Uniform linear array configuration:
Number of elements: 4
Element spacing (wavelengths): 0.75
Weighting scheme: cosine
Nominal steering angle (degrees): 60
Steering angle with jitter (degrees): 59.879
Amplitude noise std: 0.05
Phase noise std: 0.05

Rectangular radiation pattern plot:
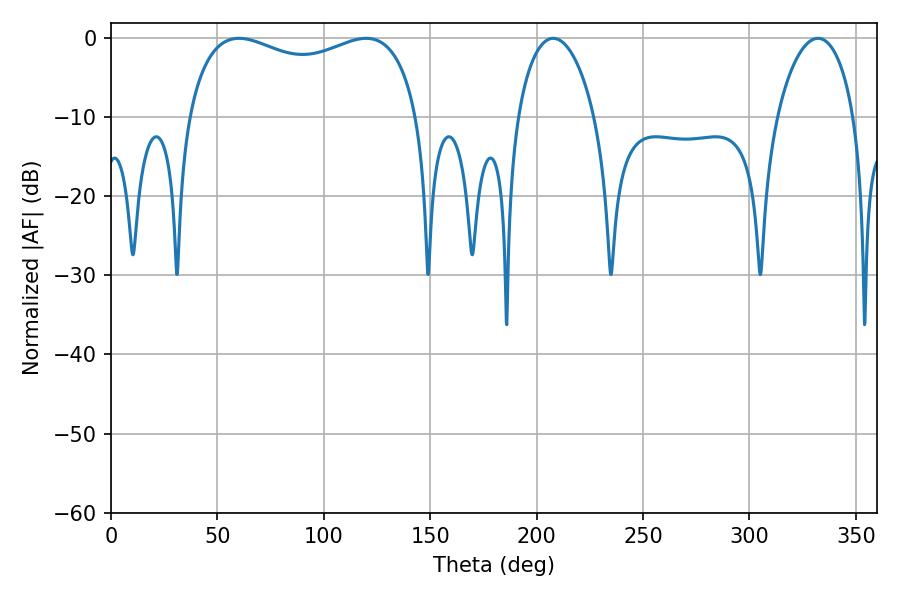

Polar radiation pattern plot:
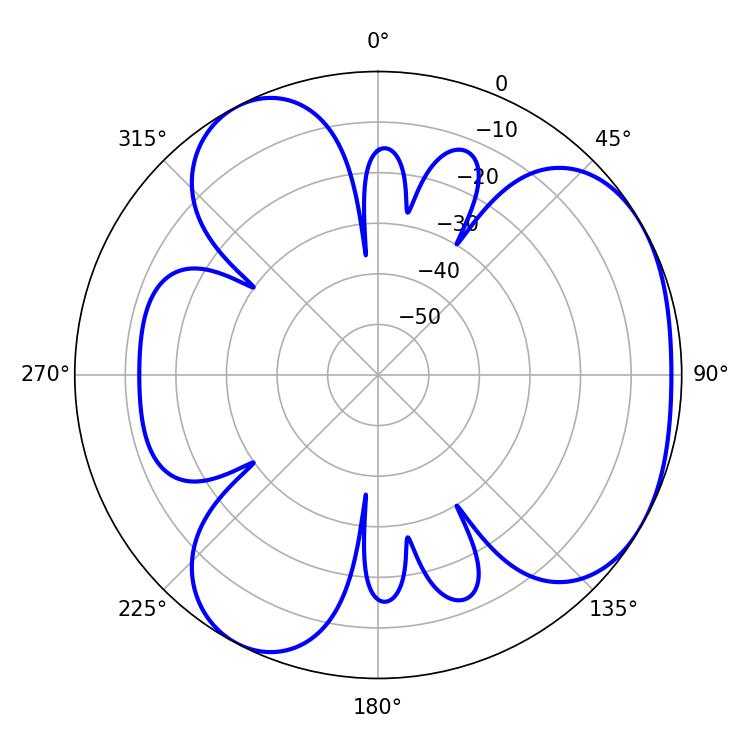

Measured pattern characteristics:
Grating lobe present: TRUE
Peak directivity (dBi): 4.02
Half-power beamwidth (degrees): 89.64
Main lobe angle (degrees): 119.88